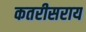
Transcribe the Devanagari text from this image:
कतरीसराय